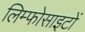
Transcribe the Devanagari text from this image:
लिम्फोसाइटों